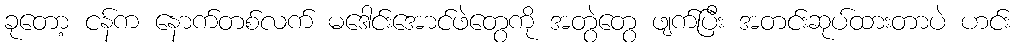
ခုတော့ ငန်က နောက်တစ်လက် မဒေါင်းအောင်ဖဲတွေကို အတွဲတွေ ဖျက်ပြီး အတင်းဆုပ်ထားတာပဲ ဟင်း